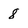
Character: 8